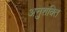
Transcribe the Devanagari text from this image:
अनुशक्ति